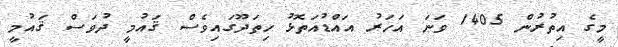
މީގެ އިތުރުން 1405 ވަނަ އަހަރު އައްޑުއަތޮޅު ހިތަދޫގައިވެސް ޤައުމީ ދުވަސް ޤައުމީ